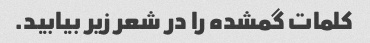
کلمات گمشده را در شعر زیر بیابید.